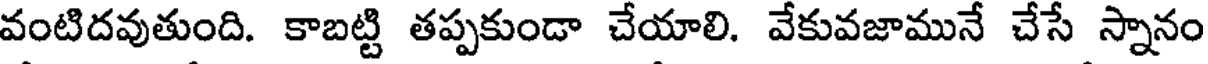
వంటిదవుతుంది. కాబట్టి తప్పకుండా చేయాలి. వేకువజామునే చేసే స్నానం